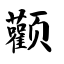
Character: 颧